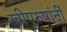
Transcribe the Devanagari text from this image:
स्त्रीपुरुषांनीं